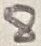
Text: 8